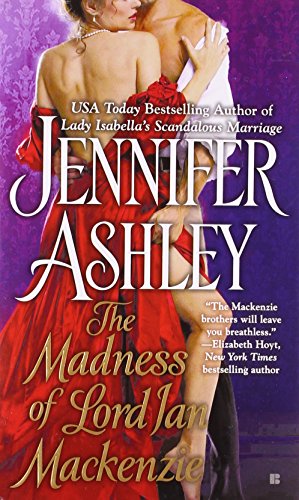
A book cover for The Madness of Lord Ian Mackenzie (Mackenzies Series); Jennifer Ashley; Romance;